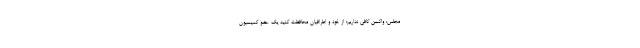
مجلس: واکسن کافی نداریم؛ از خود و اطرافیان محافظت کنید یک عضو کمیسیون